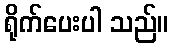
ရိုက်ပေးပါ သည်။